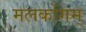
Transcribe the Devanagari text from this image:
मलकोंगम्